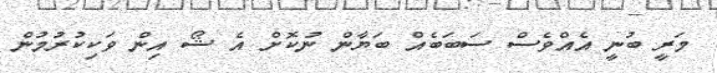
މަރީ ބުނީ އެއްވެސް ސަބަބެއް ބަޔާން ނުކޮށް އެ ޝޯ އިން ވަކިކުރުމުން